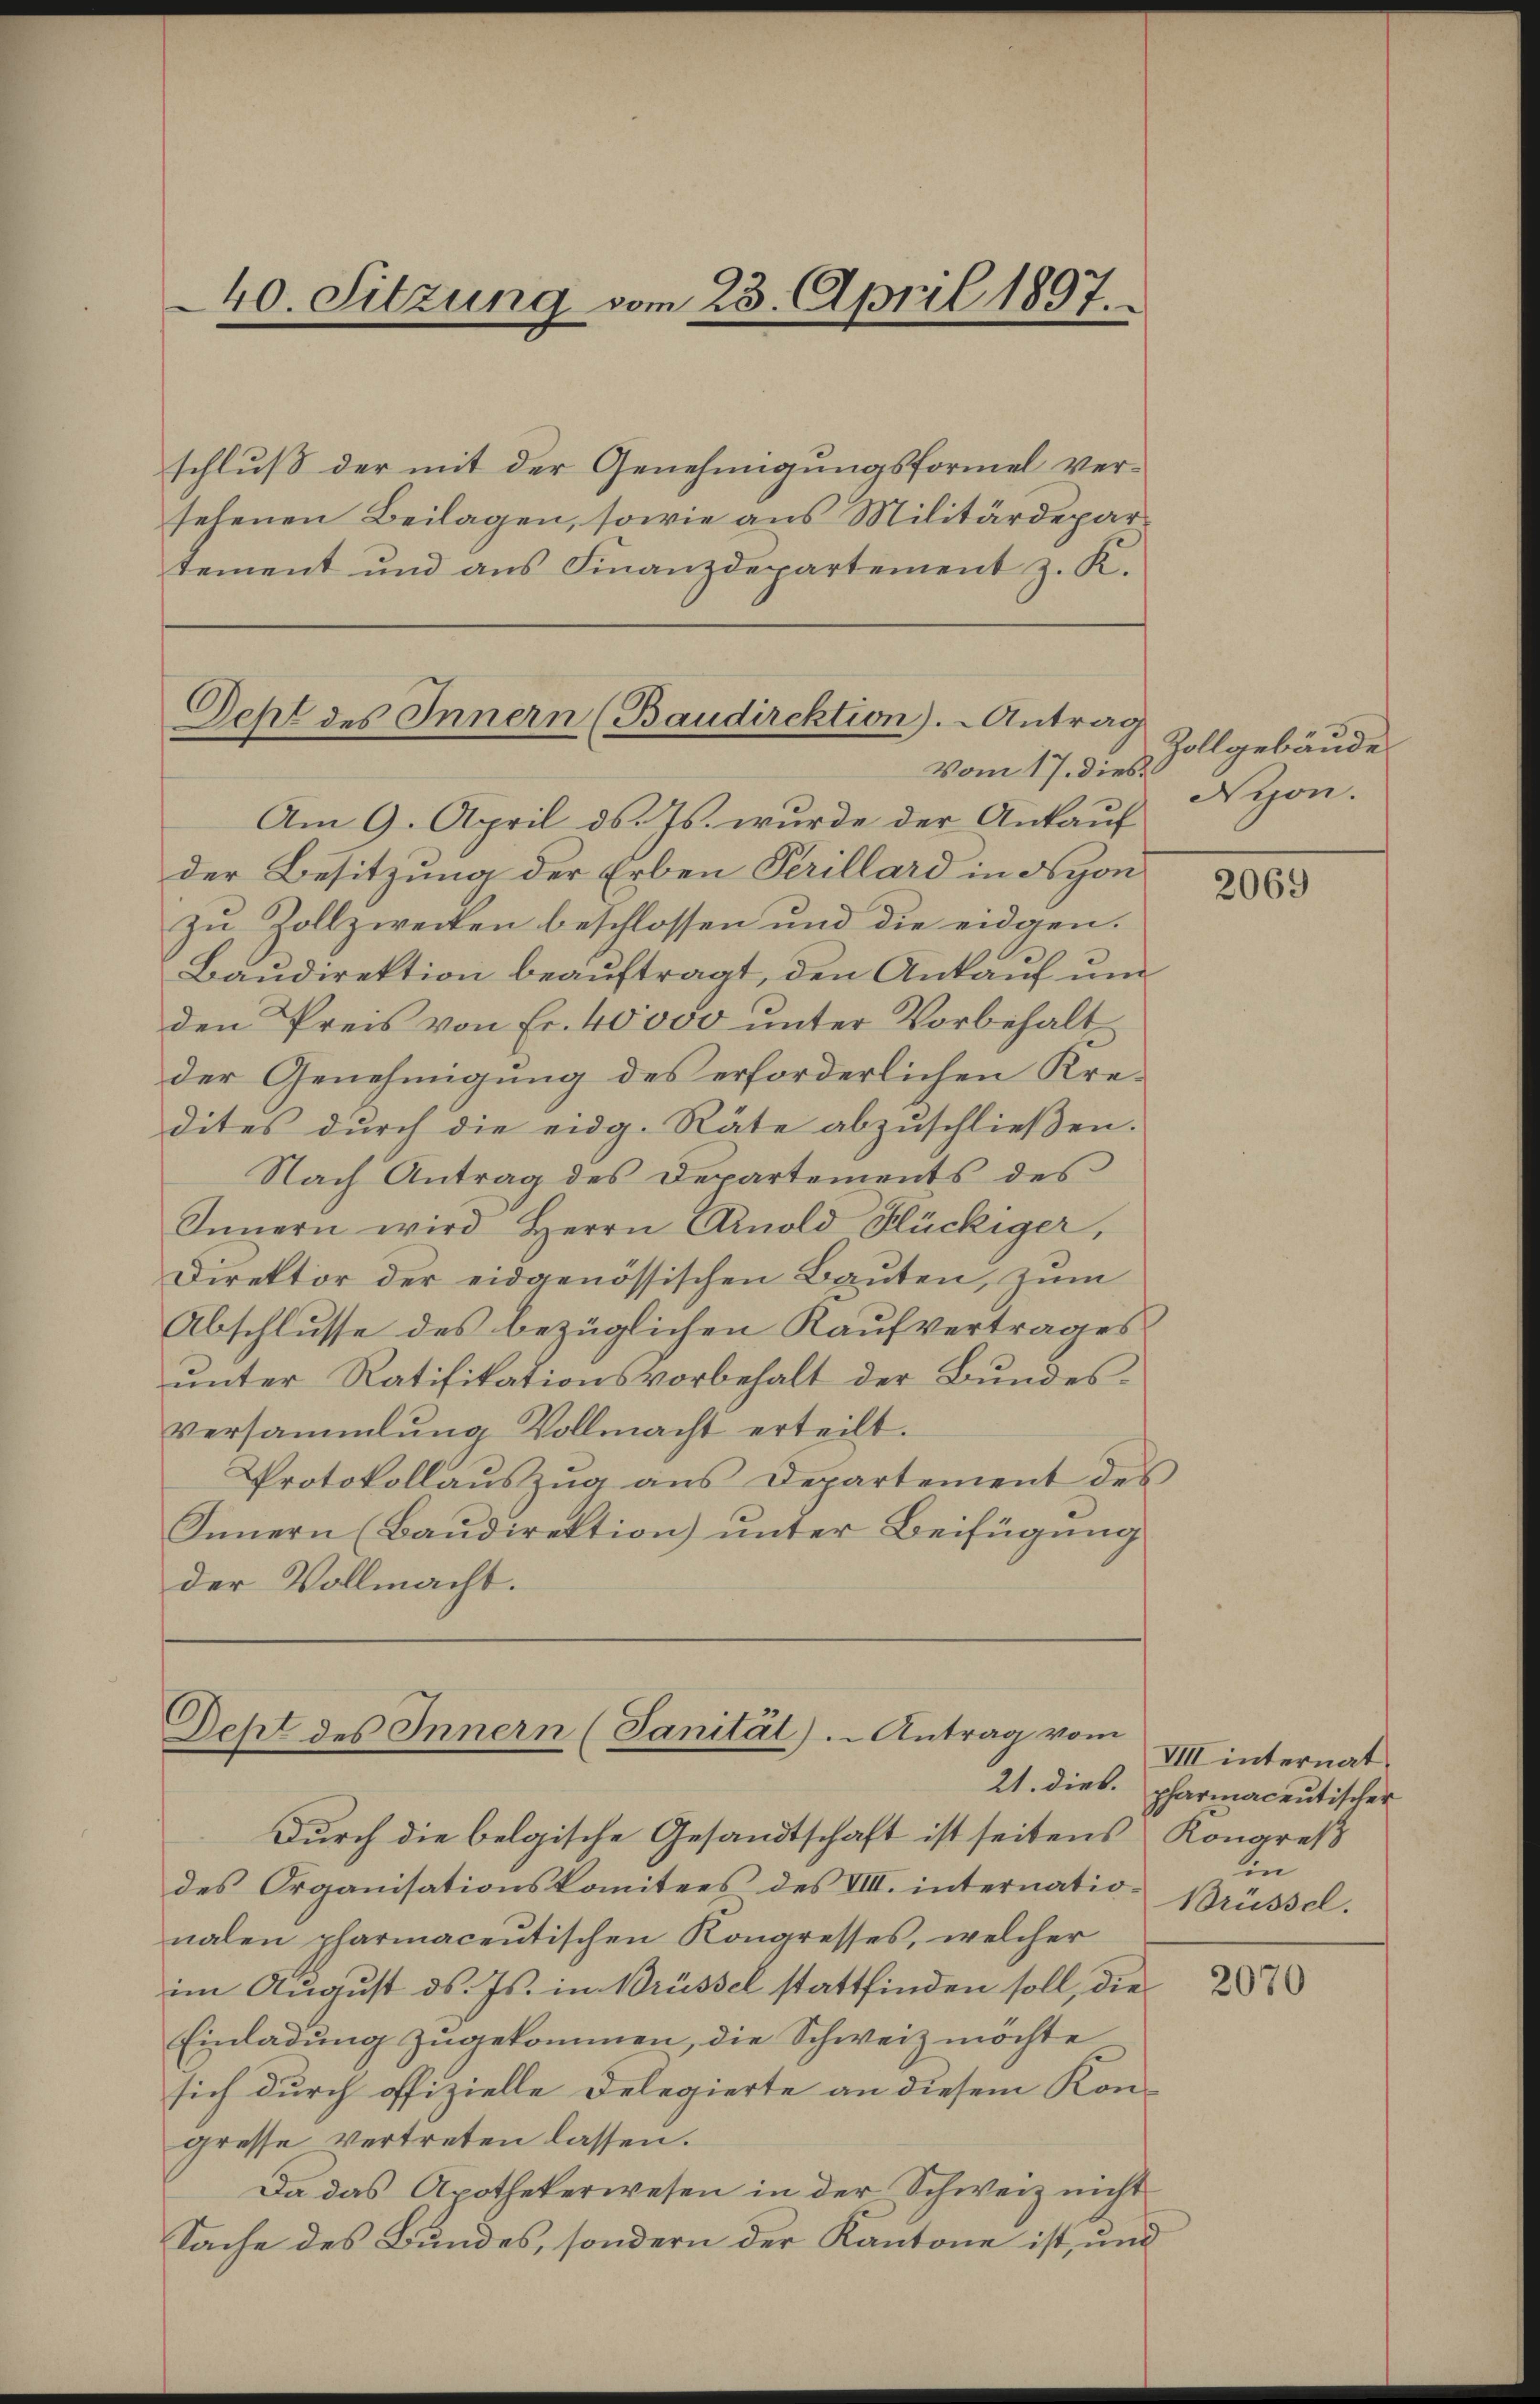
40. Sitzung vom 23. April 1897.

schluß der mit der Genehmigungsformel versehenen Beilagen, sowie aus Militärdepartement und aus Finanzdepartement z. K.

Deht des Innern (Baudirektion). Antrag
Vom 17. dies

Deht des Innern (Sanität). Antrag vom

Zollgebäude
Nyon.

Am 9. April d. Js. wurde der Ankauf
der Besitzung der Erben Perillard in Nyon
zu Zollzwecken beschlossen und die eidgen.
Baudirektion beauftragt, den Ankauf un
den Preis von Fr. 40000 unter Vorbehalt
der Genehmigung des erforderlichen Kre-
dites durch die eidg. Räte abzuschließen.
Nach Antrag des Departements des
Innern wird Herrn Arnold Hückiger,
Direktor der eidgenössischen Bauten, zum
Abschlusse des bezüglichen Kaufvertrages
unter Ratifikationsvorbehalt der Bundesversammlung Vollmacht erteilt.
Protokollauszug aus Departement des
Innern (Baŭdirektion ŭnter Beifügung
der Vollmacht.

Durch die belgische Gesandtschaft ist seitens Kongreß
des Organisationskomitees des VIII. internationalen pharmacentischen Kongresses, welcher
im August ds. Js. in Brüssel stattfinden soll, die¬
Einladung zugekommen, die Schweiz möchte
sich durch offizielle Delegierte an diesem Kongresse vertreten lassen.
Da das Apothekerwesen in der Schweiz nicht
Sache des Bundes, sondern der Kantone ist, und

2069

VIII internat.
21. dies. pharmacentischer
in
Brüssel.

2070